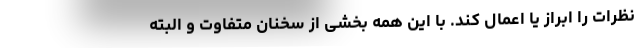
نظرات را ابراز یا اعمال کند. با این همه بخشی از سخنان متفاوت و البته